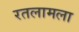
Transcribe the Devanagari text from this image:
रतलामला